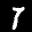
Label: 7